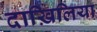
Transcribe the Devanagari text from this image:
दाख़िलिया